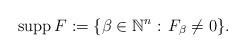
LaTeX: \begin{gather*}\mbox{supp}\,F:=\{\beta\in\mathbb{N}^{n}:\,F_{\beta}\neq 0\}.\end{gather*}